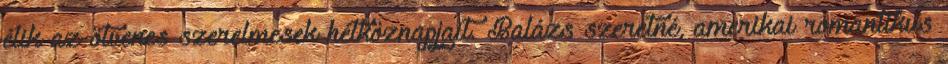
élik az ötvenes szerelmesek hétköznapjait. Balázs szeretné, amerikai romantikus